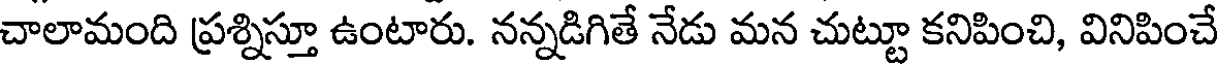
చాలామంది ప్రశ్నిస్తూ ఉంటారు. నన్నడిగితే నేడు మన చుట్టూ కనిపించి, వినిపించే